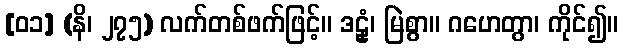
[၀၁] (နိ၊ ၂၇၅) လက်တစ်ဖက်ဖြင့်။ ဒဠှံ၊ မြဲစွာ။ ဂဟေတွာ၊ ကိုင်၍။